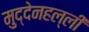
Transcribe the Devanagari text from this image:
मुद्देनहल्ली